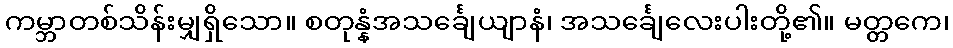
ကမ္ဘာတစ်သိန်းမျှရှိသော။ စတုန္နံအသင်္ချေယျာနံ၊ အသင်္ချေလေးပါးတို့၏။ မတ္တကေ၊